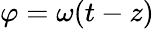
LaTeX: \varphi=\omega(t-z)